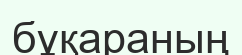
бұқараның